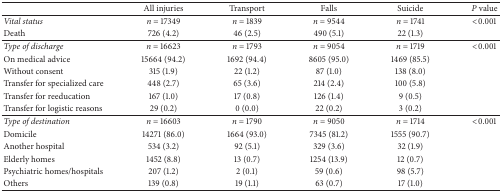
<table><thead><tr><td><b> </b></td><td><b>All injuries</b></td><td><b>Transport</b></td><td><b>Falls</b></td><td><b>Suicide</b></td><td><b><i>P</i> value</b></td></tr></thead><tbody><tr><td><i>Vital status </i></td><td><i>n</i> = 17349</td><td><i>n</i> = 1839</td><td><i>n</i> = 9544</td><td><i>n</i> = 1741</td><td>&lt;0.001</td></tr><tr><td>Death</td><td>726 (4.2)</td><td>46 (2.5)</td><td>490 (5.1)</td><td>22 (1.3)</td><td> </td></tr><tr><td><i>Type of discharge </i></td><td><i>n</i> = 16623</td><td><i>n</i> = 1793</td><td><i>n</i> = 9054</td><td><i>n</i> = 1719</td><td>&lt;0.001</td></tr><tr><td>On medical advice</td><td>15664 (94.2)</td><td>1692 (94.4)</td><td>8605 (95.0)</td><td>1469 (85.5)</td><td> </td></tr><tr><td>Without consent</td><td>315 (1.9)</td><td>22 (1.2)</td><td>87 (1.0)</td><td>138 (8.0)</td><td> </td></tr><tr><td>Transfer for specialized care</td><td>448 (2.7)</td><td>65 (3.6)</td><td>214 (2.4)</td><td>100 (5.8)</td><td> </td></tr><tr><td>Transfer for reeducation</td><td>167 (1.0)</td><td>17 (0.8)</td><td>126 (1.4)</td><td>9 (0.5)</td><td> </td></tr><tr><td>Transfer for logistic reasons</td><td>29 (0.2)</td><td>0 (0.0)</td><td>22 (0.2)</td><td>3 (0.2)</td><td> </td></tr><tr><td><i>Type of destination </i></td><td><i>n</i> = 16603</td><td><i>n</i> = 1790</td><td><i>n</i> = 9050</td><td><i>n</i> = 1714</td><td>&lt;0.001</td></tr><tr><td>Domicile</td><td>14271 (86.0)</td><td>1664 (93.0)</td><td>7345 (81.2)</td><td>1555 (90.7)</td><td> </td></tr><tr><td>Another hospital</td><td>534 (3.2)</td><td>92 (5.1)</td><td>329 (3.6)</td><td>32 (1.9)</td><td> </td></tr><tr><td>Elderly homes</td><td>1452 (8.8)</td><td>13 (0.7)</td><td>1254 (13.9)</td><td>12 (0.7)</td><td> </td></tr><tr><td>Psychiatric homes/hospitals</td><td>207 (1.2)</td><td>2 (0.1)</td><td>59 (0.6)</td><td>98 (5.7)</td><td> </td></tr><tr><td>Others</td><td>139 (0.8)</td><td>19 (1.1)</td><td>63 (0.7)</td><td>17 (1.0)</td><td> </td></tr></tbody></table>